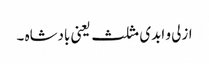
ازلی و ابدی مثلث یعنی بادشاہ ۔